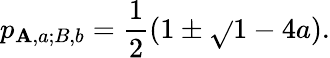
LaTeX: p_{{\mathbf{A},a};{B,b}}=\frac{{1}}{{2}}(1\pm\sqrt{}{{1-4a}}).